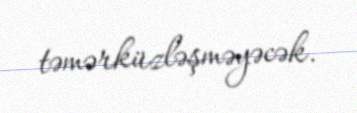
təmərküzləşməyəcək.